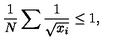
{ \frac { 1 } { N } } \sum { \frac { 1 } { \sqrt { x _ { i } } } } \leq 1 ,